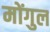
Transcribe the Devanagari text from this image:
मोंगुल